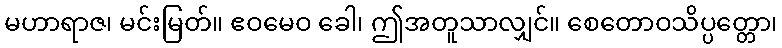
မဟာရာဇ၊ မင်းမြတ်။ ဧဝမေဝ ခေါ၊ ဤအတူသာလျှင်။ စေတောဝသိပ္ပတ္တော၊